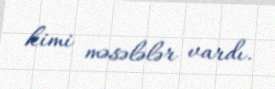
kimi məsələlər vardı.